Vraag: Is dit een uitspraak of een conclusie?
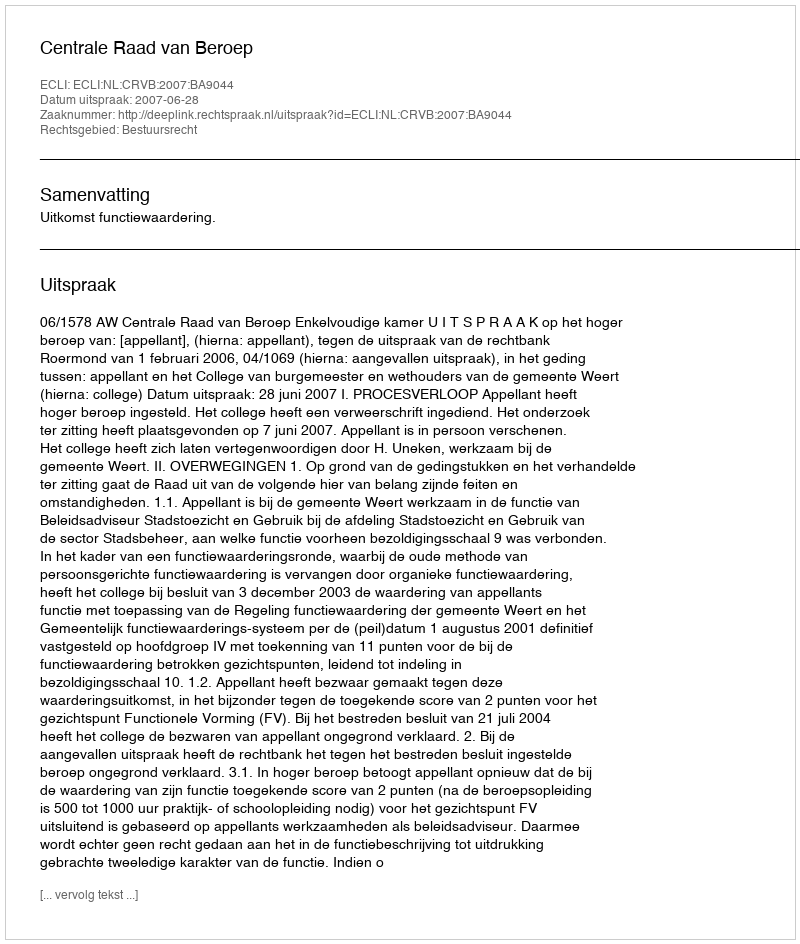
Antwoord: Uitspraak